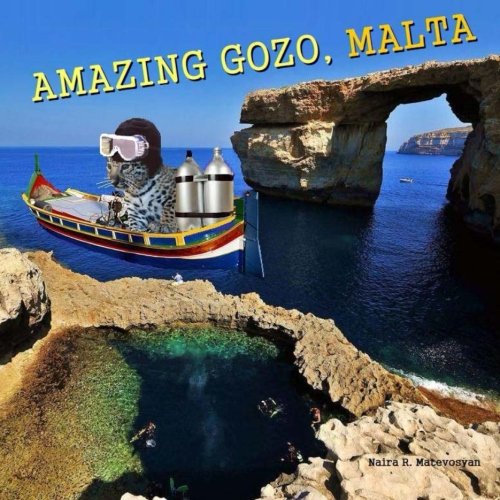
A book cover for Amazing Gozo, Malta; Naira R. Matevosyan; Travel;